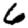
Digit: 6